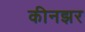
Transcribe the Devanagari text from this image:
कीनझर